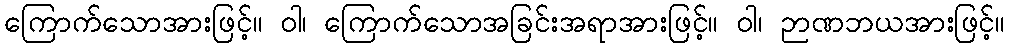
ကြောက်သောအားဖြင့်။ ဝါ၊ ကြောက်သောအခြင်းအရာအားဖြင့်။ ဝါ၊ ဉာဏဘယအားဖြင့်။